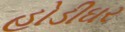
હોડીઘર